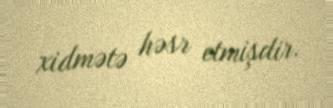
xidmətə həsr etmişdir.